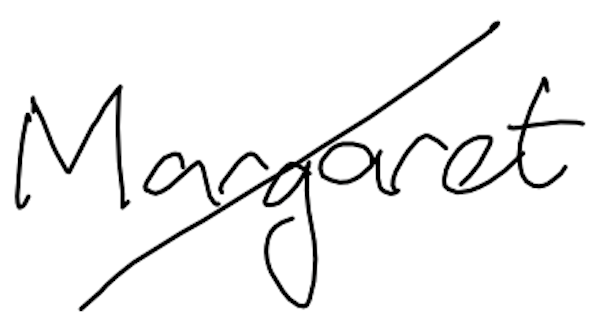
Text: Margaret
Cross-out: diagonal
Writing tool: digital_black